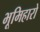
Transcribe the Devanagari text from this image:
भूमिहारो